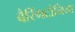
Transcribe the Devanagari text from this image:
बैरिंगटोनिया